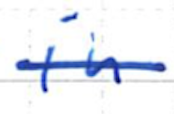
Text: in
Cross-out: mix
Writing tool: ballpoint